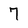
Character: 7